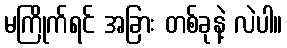
မကြိုက်ရင် အခြား တစ်ခုနဲ့ လဲပါ။